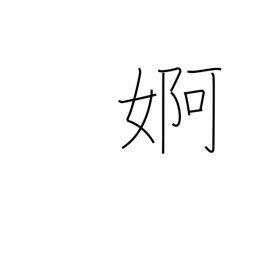
Meaning: flirtation